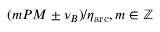
( m P M \pm \nu _ { B } ) / \eta _ { \mathrm { a r c } } , m \in \mathbb { Z }